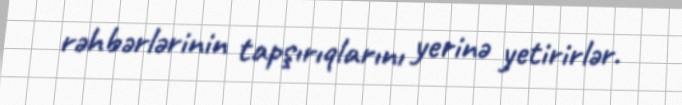
rəhbərlərinin tapşırıqlarını yerinə yetirirlər.